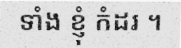
ទាំង ខ្ញុំ កំដរ ។